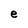
Character: e